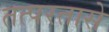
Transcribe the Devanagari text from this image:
तत्परतासे